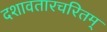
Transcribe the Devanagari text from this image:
दशावतारचरितम्